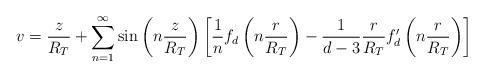
LaTeX: \begin{align*}v = \frac{z}{R_T} + \sum_{n=1}^\infty \sin\left( n \frac{z}{R_T} \right)\left[ \frac{1}{n} f_d \left(n\frac{r}{R_T} \right) - \frac{1}{d-3}\frac{r}{R_T} f_d'\left(n \frac{r}{R_T} \right) \right]\end{align*}